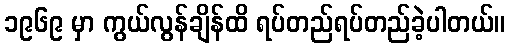
၁၉၆၉ မှာ ကွယ်လွန်ချိန်ထိ ရပ်တည်ရပ်တည်ခဲ့ပါတယ်။